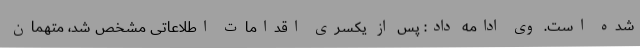
شده است. وی ادامه داد: پس از یکسری اقدامات اطلاعاتی مشخص شد، متهمان